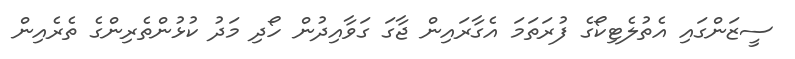
ސީޒަންގައި އެތުލެޓިކޯގެ ފުރަތަމަ އެގާރައިން ޖާގަ ގަވާއިދުން ހޯދި މަދު ކުޅުންތެރިންގެ ތެރެއިން